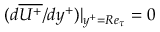
( d \overline { { U ^ { + } } } / { d y ^ { + } } ) | _ { y ^ { + } = R e _ { \tau } } = 0